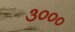
૩૦૦૦